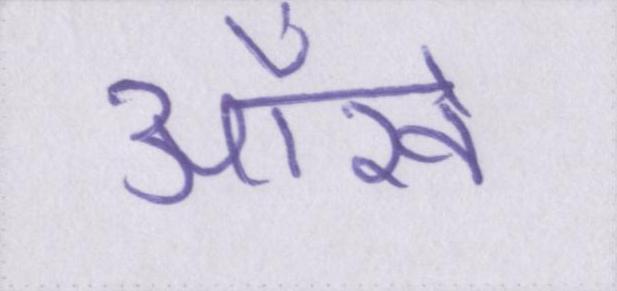
आँखें